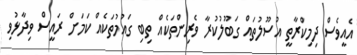
އެއީވެސް ދިމިކްރާތީ އުސޫލުތައް ގަބޫލުކުރާ ވެރިންތަކެއް ތިބި ގައުމުތަކެއް ކަމަށް ރައީސް ވިދާޅުވި